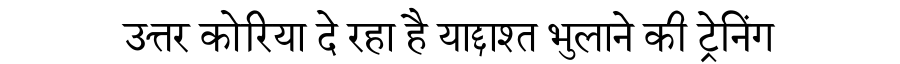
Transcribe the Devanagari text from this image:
उत्तर कोरिया दे रहा है याद्दाश्त भुलाने की ट्रेनिंग